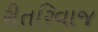
રીતરિવાજ